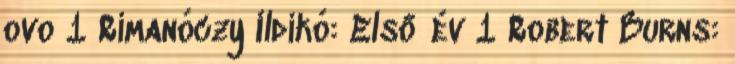
ovo 1 Rimanóczy Ildikó: Első év 1 Robert Burns: